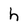
Character: h